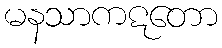
မနသာကဋတော